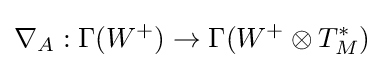
\nabla _{A}:\Gamma (W^{+})\to \Gamma (W^{+}\otimes T_{M}^{*})